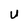
Character: U